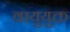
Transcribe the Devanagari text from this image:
वायुयुक्त